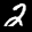
Label: 2